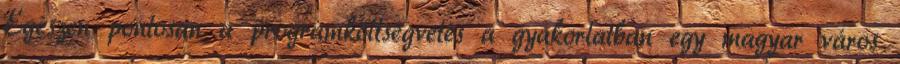
Egészen pontosan a programköltségvetés a gyakorlatban egy magyar város